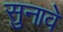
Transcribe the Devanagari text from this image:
सुनावे